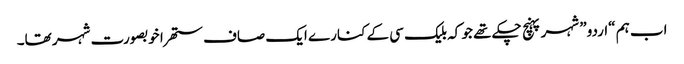
اب ہم “اردو” شہر پہنچ چکے تھے جو کہ بلیک سی کے کنارے ایک صاف ستھرا خوبصورت شہر تھا۔